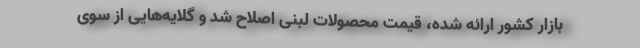
بازار کشور ارائه شده، قیمت محصولات لبنی اصلاح شد و گلایه‌هایی از سوی